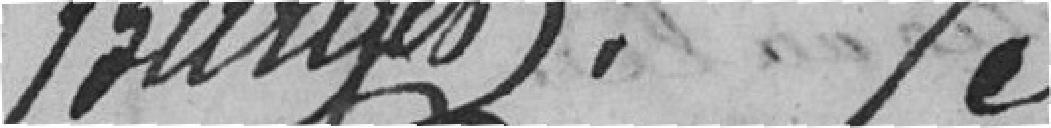
Burger